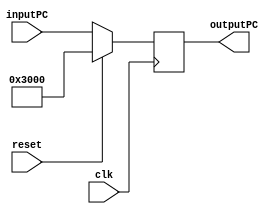
module pc(
    input [31:0]inputPC,
    input clk,
    input reset,
    output reg [31:0]outputPC
);
    always@(posedge clk)begin
        outputPC <= inputPC;
        $display("pc:%x", outputPC);
        if(reset == 1)
            outputPC <= 32'h00003000;
    end

endmodule